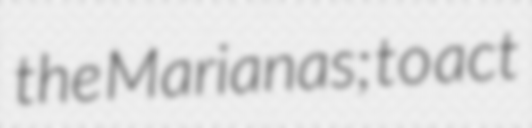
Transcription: the Marianas; to act